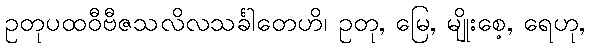
ဥတုပထဝီဗီဇသလိလသင်္ခါတေဟိ၊ ဥတု, မြေ, မျိုးစေ့, ရေဟု,